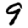
Digit: 9